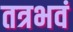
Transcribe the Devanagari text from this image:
तत्रभवं